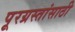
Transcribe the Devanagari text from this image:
पूरग्रस्तांसाठी